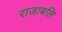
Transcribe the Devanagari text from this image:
राजाबलि